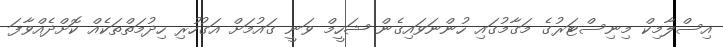
އިސްލާމިކް މިނިސްޓަރުގެ މަގާމުގައި ހުންނަވައިގެން ޝަހީމް ވަނީ ގައުމަށް އަގުހުރި ހިދުމަތްތަކެއް ކޮށްދެއްވާފަ